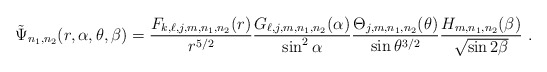
\begin{align*} \tilde \Psi_{n_1,n_2}(r,\alpha,\theta,\beta)=\frac{F_{k,\ell,j,m,n_1,n_2}(r)}{r^{5/2}} \frac{G_{\ell,j,m,n_1,n_2}(\alpha)}{\sin^2 \alpha} \frac{\Theta_{j,m,n_1,n_2} (\theta )}{\sin\theta^{3/2} } \frac{H_{m,n_1,n_2} (\beta)}{\sqrt{\sin 2 \beta}} \ . \end{align*}